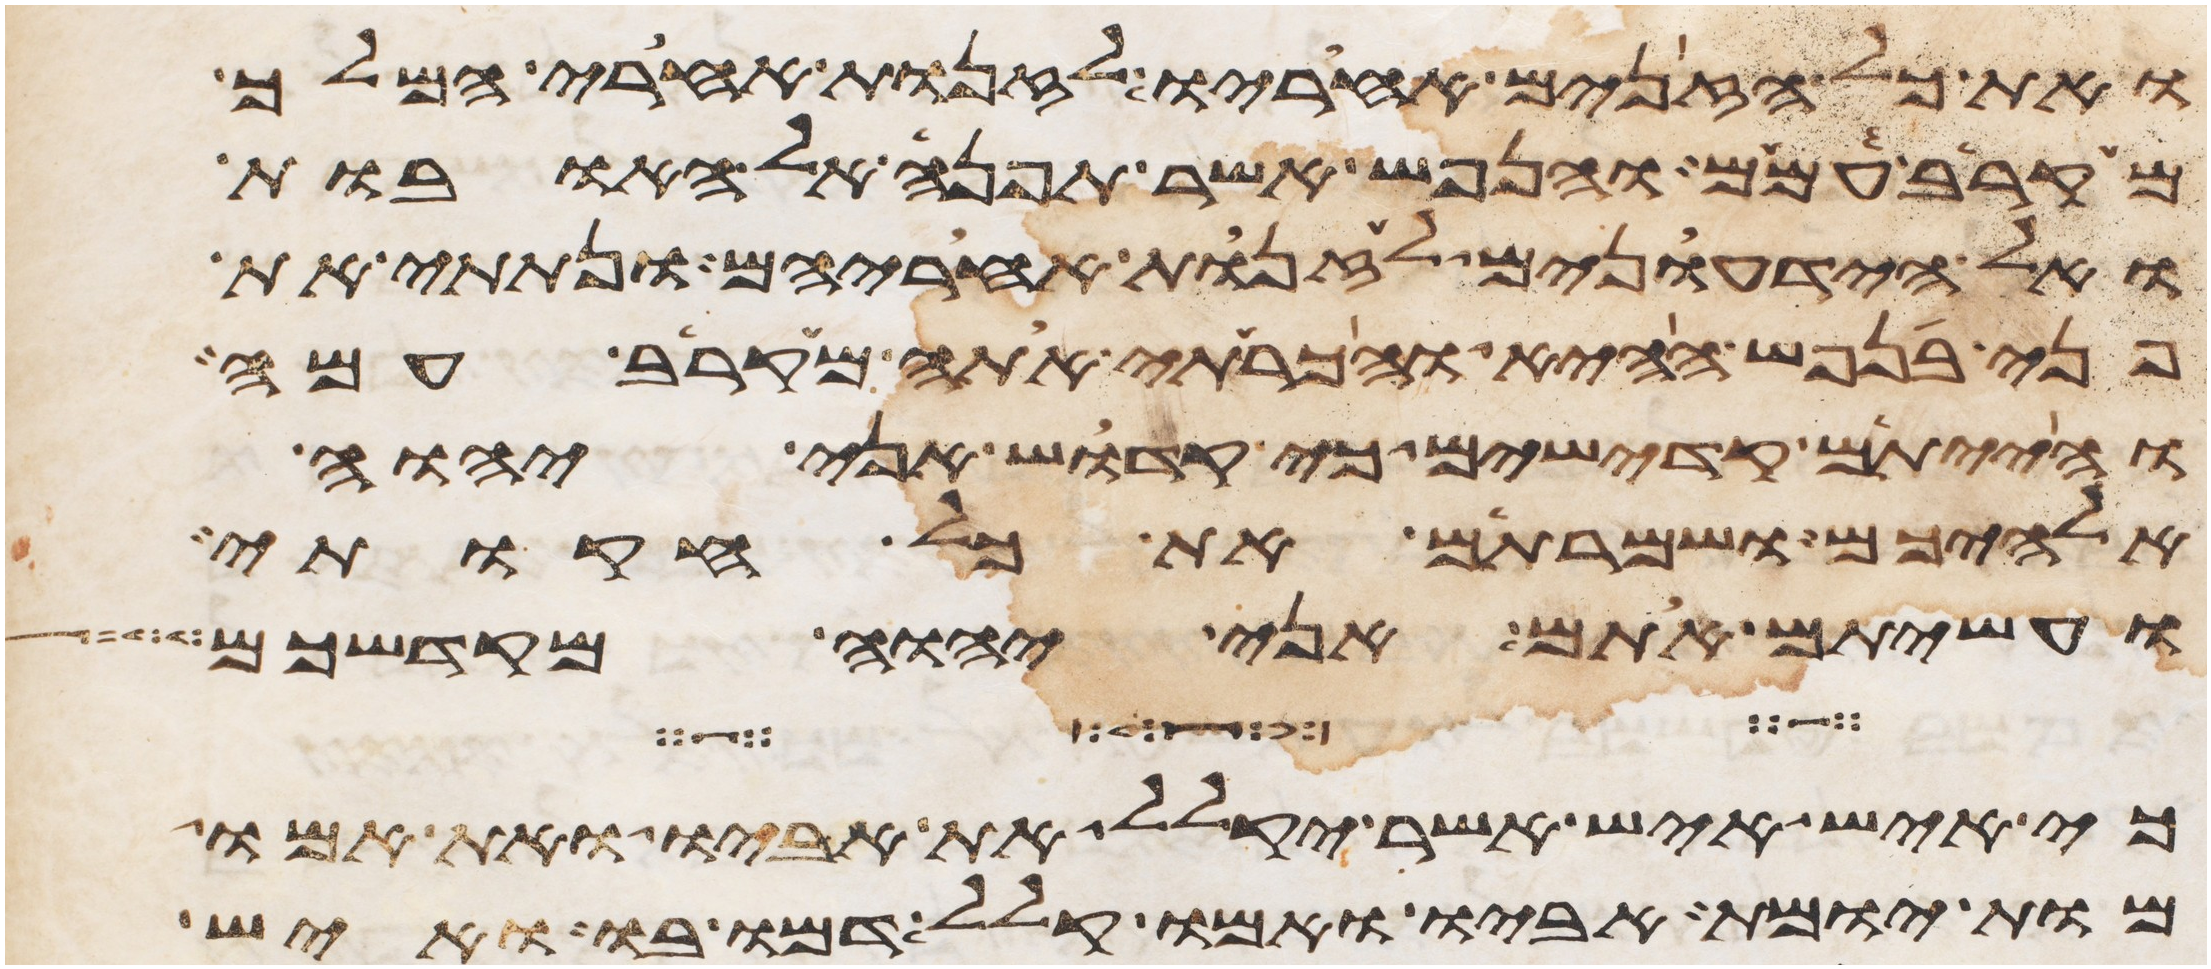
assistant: ואת כל הזנים אחריו לזנות אחרי המלך
מקרב עמם והנפש אשר תפנה אל האובות
ואל הידעונים לזנות אחריהם ונתתי את
פני בנפש ההיא והכרתי אתה מקרב עמה
והייתם קדישים כי קדוש אני יהוה
אלהיכם ושמרתם את כל חקותי
ועשיתם אתם אני יהוה מקדשכם
כי איש איש אשר יקלל את אביו ואת אמו
מות יומת אביו ואמו קלל דמו בו ואיש